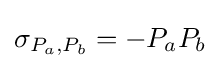
\sigma _{P_{a},P_{b}}=-P_{a}P_{b}